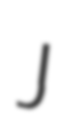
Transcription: J